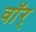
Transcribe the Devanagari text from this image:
वॉर्